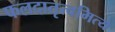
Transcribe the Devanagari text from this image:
फलदातृत्वमित्ये